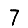
Digit: 7